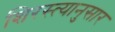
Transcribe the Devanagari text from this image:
शिरस्त्यानुसार